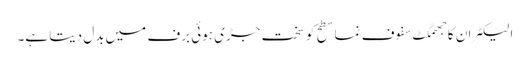
الیکٹران کا جھمگٹ سفوف نما سطح کو سخت جڑی ہوئی برف میں بدل دیتا ہے۔